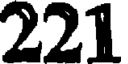
221